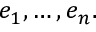
e _ { 1 } , \dots , e _ { n } .